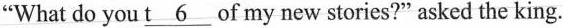
"What do you \underline{t 6} of my new stories?"asked the king.